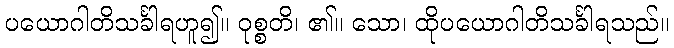
ပယောဂါတိသင်္ခါရဟူ၍။ ဝုစ္စတိ၊ ၏။ သော၊ ထိုပယောဂါတိသင်္ခါရသည်။